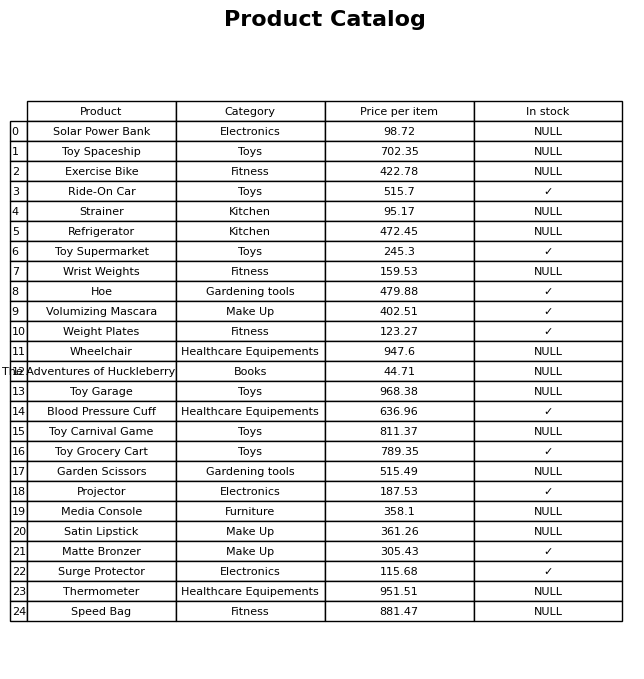
question: Which products are currently out of stock?
answer: Solar Power Bank, Toy Spaceship, Exercise Bike, Strainer, Refrigerator, Wrist Weights, Wheelchair, The Adventures of Huckleberry Finn, Toy Garage, Toy Carnival Game, Garden Scissors, Media Console, Satin Lipstick, Thermometer, Speed Bag